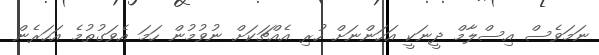
ނަމަވެސް އިސްލާމް ދީނަކީ އަހަންނަށް ހުރި އެއްޗަކަށް ނުވުމުން ހަމަ އެވަގުތުމެ އަހަރެން